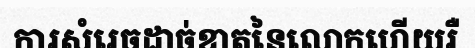
ការសំរេចដាច់ខាតនៃលោកហើយរឺ